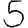
Digit: 5